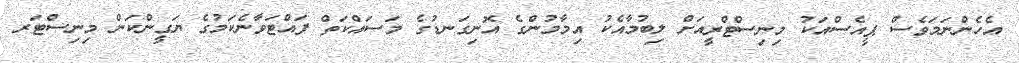
އެހެންނަމަވެސް ޕީއެސްއަކު މިނިސްޓްރީއަށް ލިބުމާއެކު އިމާމުންގެ އޮނިގަނޑުގެ މަސައްކަތް ފައްޓަވާނެކަމުގެ ޔަގީންކަން މިނިސްޓަރ